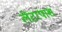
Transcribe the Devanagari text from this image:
लेंटरपाश